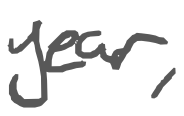
Text: year,
Cross-out: clean
Writing tool: digital_gray